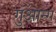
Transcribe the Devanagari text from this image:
गुआन्ग